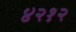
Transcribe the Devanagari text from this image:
४२१२